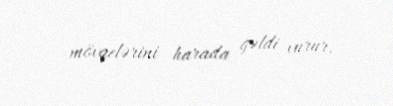
mövqelərini harada gəldi vurur.